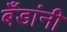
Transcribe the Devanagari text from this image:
बँडांनी